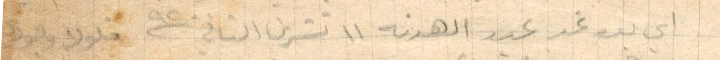
أي يوم غد عيد الهدنة ١١ تشرين الثاني ١٩٢٠ فلولا وجوده